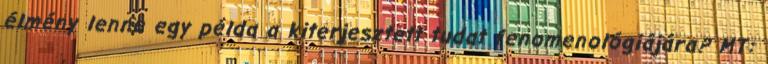
élmény lenne egy példa a kiterjesztett tudat fenomenológiájára? MT: